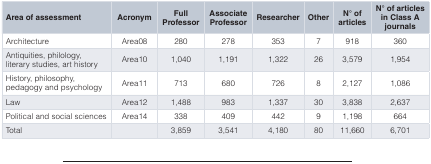
<table><thead><tr><td><b>Area of assessment</b></td><td><b>Acronym</b></td><td><b>FullProfessor</b></td><td><b>AssociateProfessor</b></td><td><b>Researcher</b></td><td><b>Other</b></td><td><b>N° ofarticles</b></td><td><b>N° of articlesin Class Ajournals</b></td></tr></thead><tbody><tr><td>Architecture</td><td>Area08</td><td>280</td><td>278</td><td>353</td><td>7</td><td>918</td><td>360</td></tr><tr><td>Antiquities, philology,literary studies, art history</td><td>Area10</td><td>1,040</td><td>1,191</td><td>1,322</td><td>26</td><td>3,579</td><td>1,954</td></tr><tr><td>History, philosophy,pedagogy and psychology</td><td>Area11</td><td>713</td><td>680</td><td>726</td><td>8</td><td>2,127</td><td>1,086</td></tr><tr><td>Law</td><td>Area12</td><td>1,488</td><td>983</td><td>1,337</td><td>30</td><td>3,838</td><td>2,637</td></tr><tr><td>Political and social sciences</td><td>Area14</td><td>338</td><td>409</td><td>442</td><td>9</td><td>1,198</td><td>664</td></tr><tr><td>Total</td><td></td><td>3,859</td><td>3,541</td><td>4,180</td><td>80</td><td>11,660</td><td>6,701</td></tr></tbody></table>